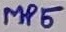
Text: MP5